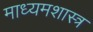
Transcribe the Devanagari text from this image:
माध्यमशास्त्र